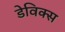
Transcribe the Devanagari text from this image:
डेविक्स